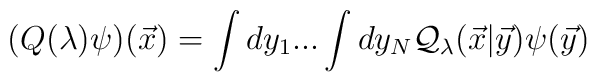
(Q(\lambda ) \psi)({\vec x})     =\int dy_1...\int dy_N {\cal Q}_\lambda ({\vec x}|{\vec y})\psi ({\vec y})